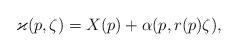
LaTeX: \begin{align*}\varkappa(p,\zeta)=X(p) + \alpha(p,r(p)\zeta),\end{align*}